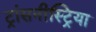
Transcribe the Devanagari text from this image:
ट्रांसनीस्ट्रिया